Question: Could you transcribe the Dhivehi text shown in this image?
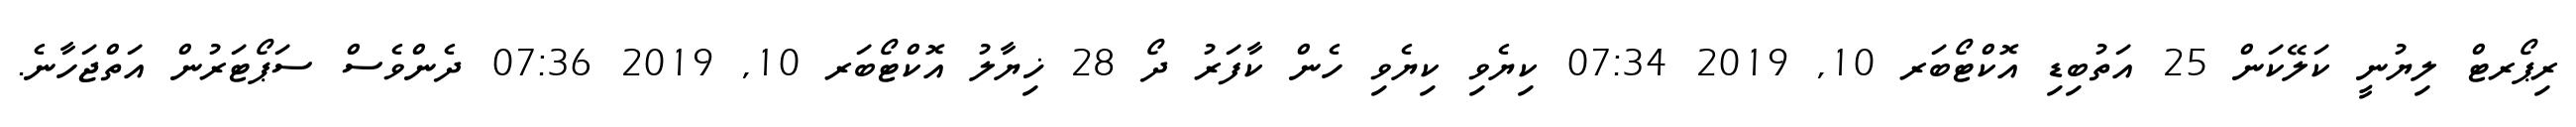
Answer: ރިޕޯރޓް ލިޔުނީ ކަލޭކަން 25 އަތުބިޑި އޮކްޓޯބަރ 10, 2019 07:34 ކިޔެވި ކިޔެވި ހެން ކާފަރު ދޯ 28 ޚިޔާލު އޮކްޓޯބަރ 10, 2019 07:36 ދެންވެސް ސަޕޯޓަރުން އަތްޖަހާނެ.